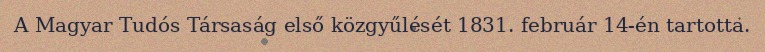
A Magyar Tudós Társaság első közgyűlését 1831. február 14-én tartotta.